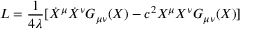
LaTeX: L = { \frac { 1 } { 4 { \lambda } } } [ { \dot { X } ^ { \mu } } { \dot { X } ^ { \nu } } G _ { \mu \nu } ( X ) - c ^ { 2 } { X ^ { \mu } } { X ^ { \nu } } G _ { \mu \nu } ( X ) ]